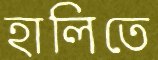
হালিতে